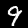
Digit: 9